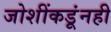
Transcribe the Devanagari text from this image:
जोशींकडूंनही